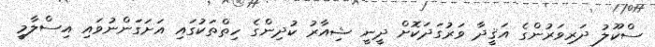
ސްކޫލު ދަރިވަރުންގެ އަޤީދާ ވަރުގަދަކޮށް ދީނީ ޝިއާރު ކުދިންގެ ހިތްތަކުގައި އަށަގަންނުވައި އިސްލާމީ